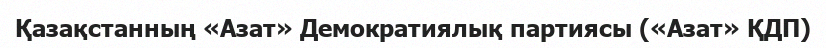
Қазақстанның «Азат» Демократиялық партиясы («Азат» ҚДП)